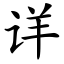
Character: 详